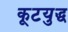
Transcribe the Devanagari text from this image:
कूटयुद्ध